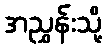
အညွှန်းသို့